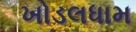
ખોડલધામ